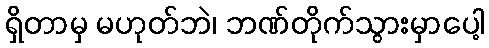
ရှိတာမှ မဟုတ်ဘဲ၊ ဘဏ်တိုက်သွားမှာပေါ့